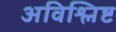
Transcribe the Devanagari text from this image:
अविश्लिष्ट